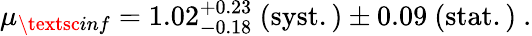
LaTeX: \mu_{\textsc{inf}}=1.02_{-0.18}^{+0.23}~\mathrm{(syst.)}\pm 0.09~\mathrm{(stat.)}~.